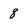
Character: 8